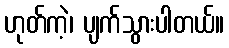
ဟုတ်ကဲ့၊ ပျက်သွားပါတယ်။